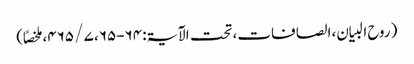
( روح البیان، الصافات، تحت الآیۃ: ۶۴-۶۵، ۷ / ۴۶۵، ملخصاً)